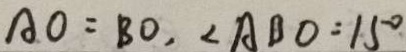
A O = B O , \angle A B O = 1 5 ^ { \circ }